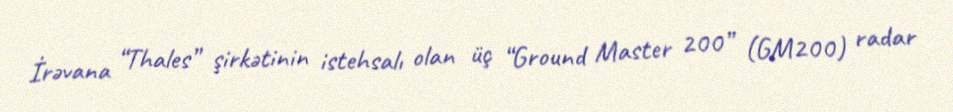
İrəvana “Thales” şirkətinin istehsalı olan üç “Ground Master 200” (GM200) radar